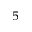
^ 5